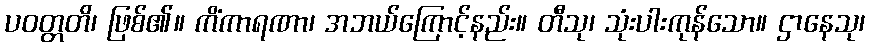
ပဝတ္တတိ၊ ဖြစ်၏။ ကိံကာရဏာ၊ အဘယ်ကြောင့်နည်း။ တီသု၊ သုံးပါးကုန်သော။ ဌာနေသု၊